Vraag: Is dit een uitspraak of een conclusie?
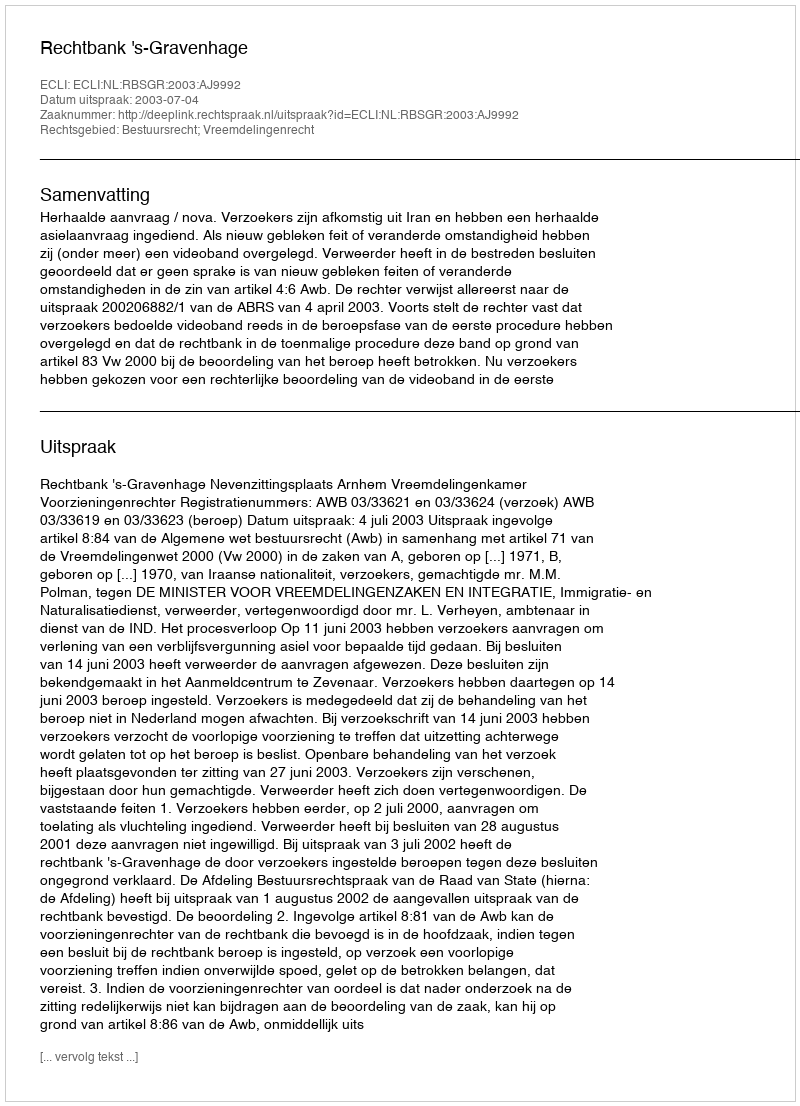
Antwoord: Uitspraak